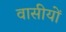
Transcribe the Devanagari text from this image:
वासीयों